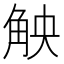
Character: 𮗪